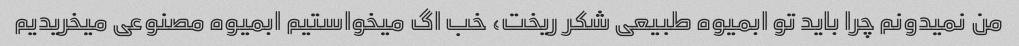
من نمیدونم چرا باید تو ابمیوه طبیعی شکر ریخت، خب اگ میخواستیم ابمیوه مصنوعی میخریدیم